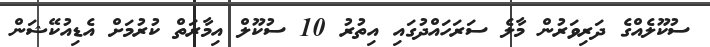
ސުކޫލެއްގެ ދަރިވަރުން މާލެ ސަރަހައްދުގައި އިތުރު 10 ސުކޫލް އިމާރަތް ކުރުމަށް އެޑިއުކޭޝަން